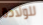
للولادة